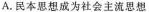
A.民本思想成为社会主流思想